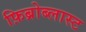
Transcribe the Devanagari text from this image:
फ़िब्रोब्लास्ट